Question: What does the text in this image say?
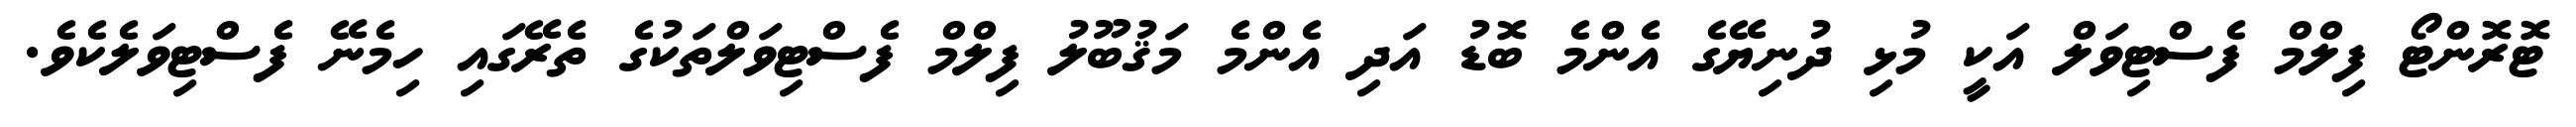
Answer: ޓޮރޮންޓޯ ފިލްމް ފެސްޓިވަލް އަކީ މުޅި ދުނިޔޭގެ އެންމެ ބޮޑު އަދި އެންމެ މަޤުބޫލު ފިލްމް ފެސްޓިވަލްތަކުގެ ތެރޭގައި ހިމެނޭ ފެސްޓިވަލެކެވެ.